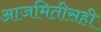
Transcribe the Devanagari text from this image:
आजमितीसही